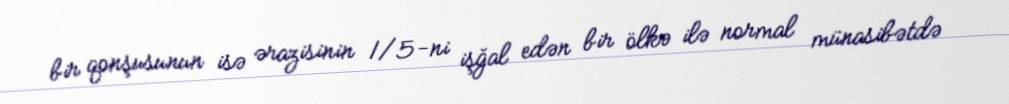
bir qonşusunun isə ərazisinin 1/5-ni işğal edən bir ölkə ilə normal münasibətdə